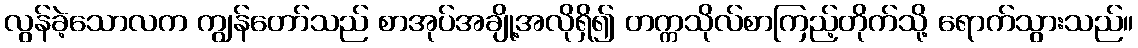
လွန်ခဲ့သောလက ကျွန်တော်သည် စာအုပ်အချို့အလိုရှိ၍ တက္ကသိုလ်စာကြည့်တိုက်သို့ ရောက်သွားသည်။